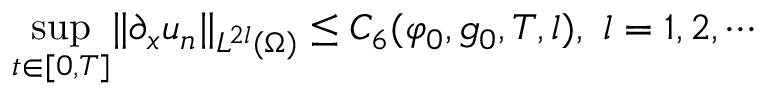
\operatorname* { s u p } _ { t \in [ 0 , T ] } \lVert \partial _ { x } u _ { n } \rVert _ { L ^ { 2 l } ( \Omega ) } \leq C _ { 6 } ( \varphi _ { 0 } , g _ { 0 } , T , l ) , \ l = 1 , 2 , \cdots